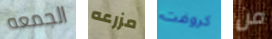
الجمعه مزرعه كروفت من